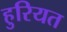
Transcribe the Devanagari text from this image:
हुरियत